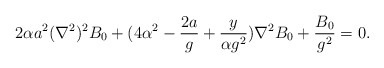
\begin{align*}2\alpha a^2(\nabla^2)^2B_0+(4\alpha^2-{{2a}\over g}+{y\over{\alpha g^2}})\nabla^2 B_0+{{B_0}\over {g^2}}=0.\end{align*}